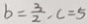
b = \frac { 3 } { 2 } , C = 5